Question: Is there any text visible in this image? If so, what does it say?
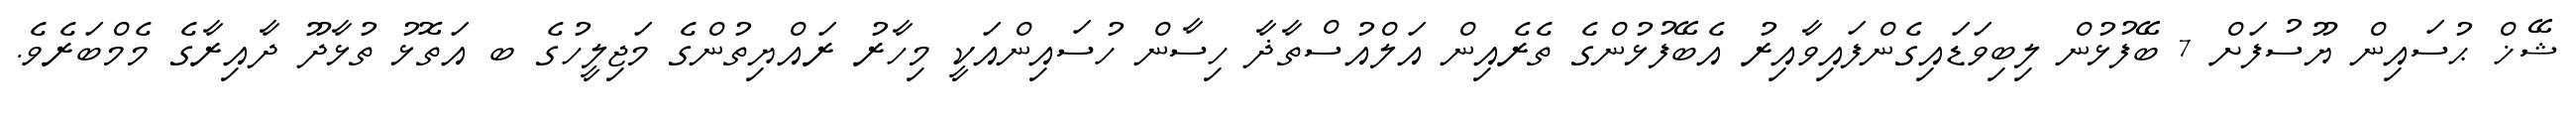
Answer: ޝޭޚް ޙުސައިން ޔޫސުފަށް 7 ބޭފުޅުން ލިބިވަޑައިގެންފައިވާއިރު އެބޭފުޅުންގެ ތެރެއިން އަލްއުސްތާޛާ ހިސާން ހުސައިންއަކީ މިހާރު ރައްޔިތުންގެ މަޖިލީހުގެ ބ އަތޮޅު ތުޅާދޫ ދާއިރާގެ މެމްބަރެވެ.